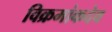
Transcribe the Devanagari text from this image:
विक्रमांकदेव